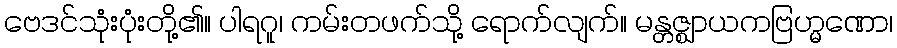
ဗေဒင်သုံးပုံးတို့၏။ ပါရဂူ၊ ကမ်းတဖက်သို့ ရောက်လျက်။ မန္တဇ္ဈာယကဗြဟ္မဏော၊